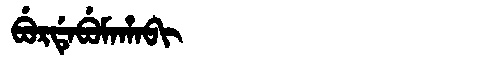
Manchu: ᠪᡠᡵᡩᡝᠪᡠᠮᠠᡥᠠᠪᡳ
Romanization: BURDEBUMAHABI